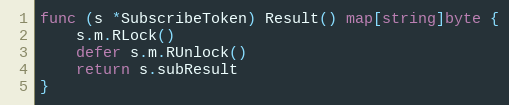
Language: Go
func (s *SubscribeToken) Result() map[string]byte {
	s.m.RLock()
	defer s.m.RUnlock()
	return s.subResult
}